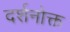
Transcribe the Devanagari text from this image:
दर्शनोक्त